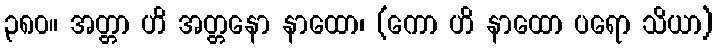
၃၈၀။ အတ္တာ ဟိ အတ္တနော နာထော၊ (ကော ဟိ နာထော ပရော သိယာ)